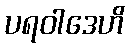
ပရဝါဒေဟိ